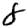
Digit: 8